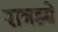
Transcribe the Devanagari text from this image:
रानड्ये